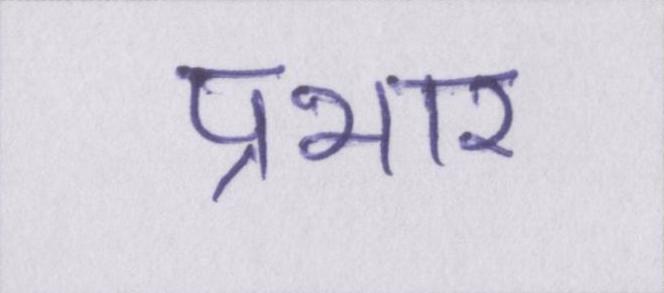
प्रभार